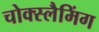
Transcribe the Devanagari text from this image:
चोक्स्लैमिंग